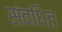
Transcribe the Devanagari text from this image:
संवधित